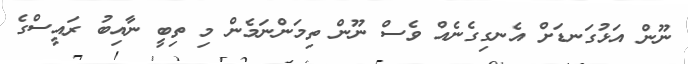
ނޫން އަޅުގަނޑަށް އެނގިގެނެއް ވެސް ނޫން ތިމަންނަމެން މި ތިބީ ނާއިބު ރައީސްގެ